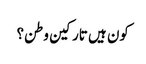
کون ہیں تارکین وطن؟